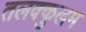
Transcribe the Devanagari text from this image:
तलक्कुलम